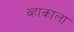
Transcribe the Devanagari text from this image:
व्हाकाला